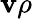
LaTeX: \mathbf{v}\rho